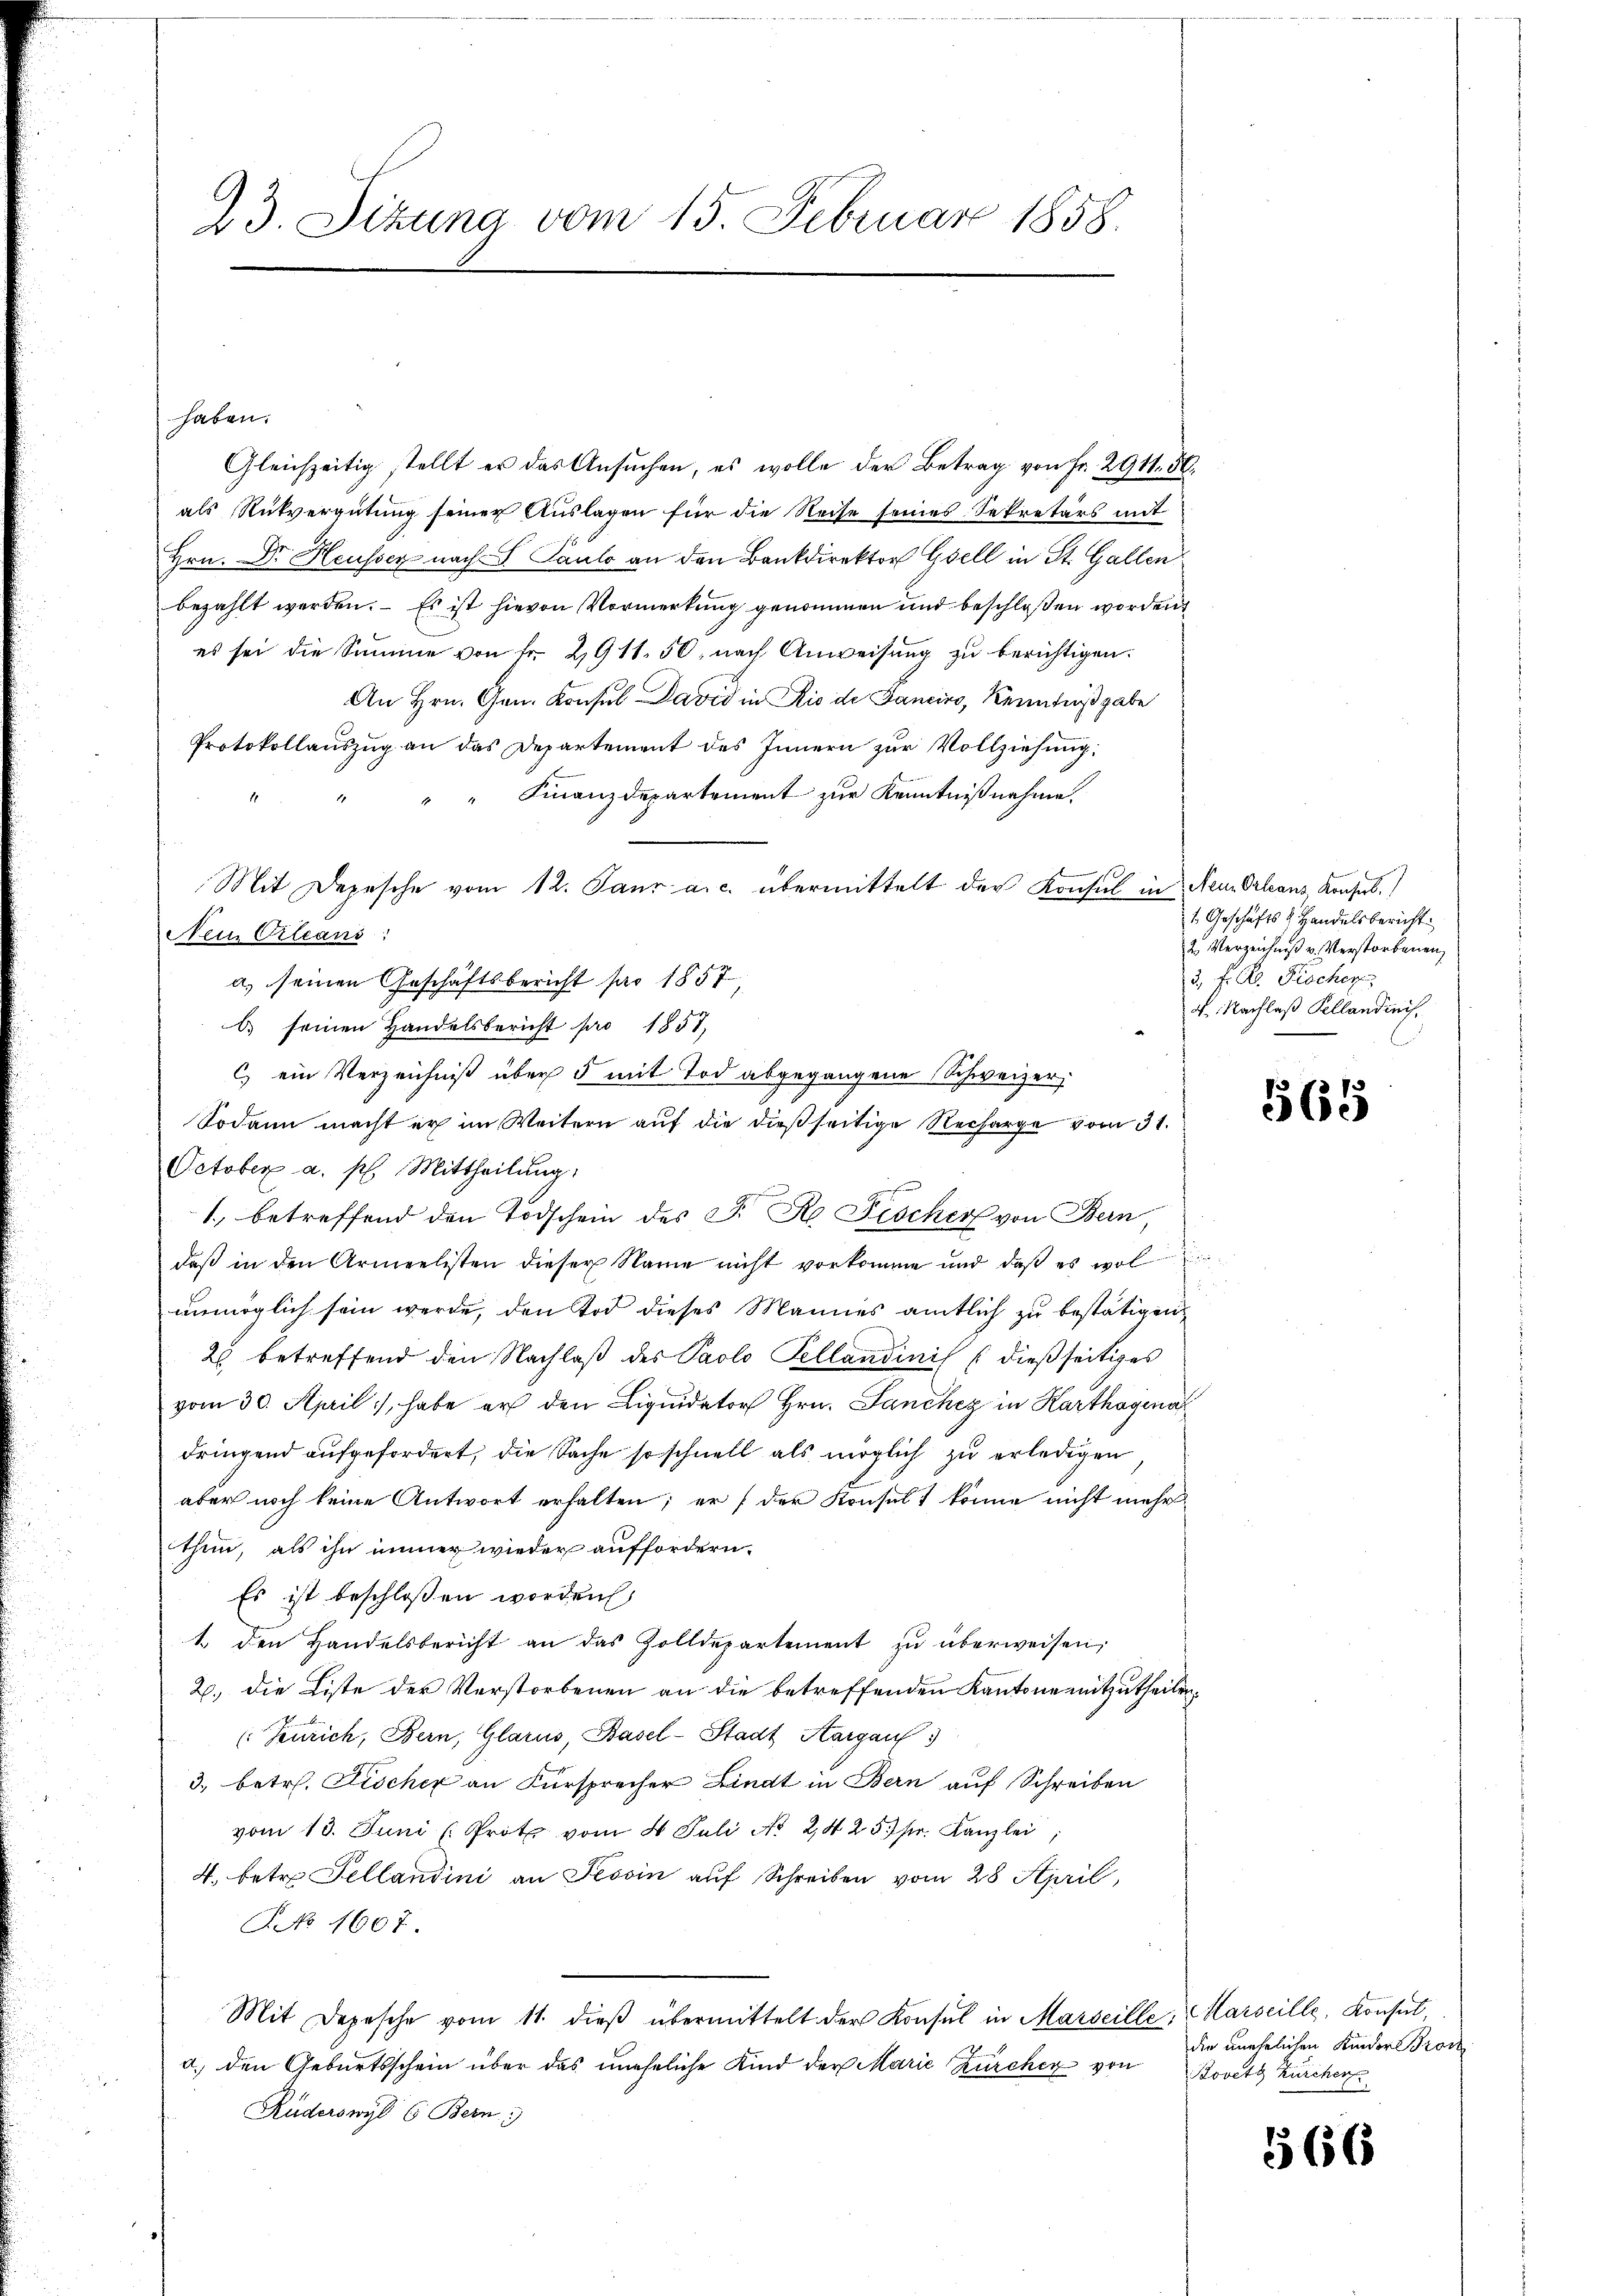
23. Sizung vom 15. Februar 1858.

Nein Orleans

haben.
Gleichzeitig stellt er das Ansuchen, es wolle der Betrag von Fr. 2911. 56.
als Rückvergütung seiner Auslagen für die Reise seines Sekretärs mit
Hrn. Dr. Heusser nach S. Paulo an den Bankdirektor Gsell in St. Gallen
bezahlt werden. – Es ist hievon Vormerkung genommen und beschloßen worden.
es sei die Summe von Fr. 2911. 50, nach Anweisung zu berichtigen.
An Hrn. Gen. Konsul David in Rio de Janeins, Kenntnißgabe
Protokollauszug an das Departement des Innern zur Vollziehung:
" " " Finanzdepartement zur Kenntnißnahme.
Mit Depesche vom 12. Janr a. c. übermittelt der Konsul in Neu Orleans, Konses.
a) seinen Geschäftsbericht pro 1857,
b) seinen Handelsbericht pro 1857,
C) ein Verzeichniß über 5 mit Tod abgegangene Schweizer,
Sodann macht er im Weitern auf die dießseitige Recharge vom 31.
October a. p. Mittheilung.
1., betreffend den Todschein des P. R. Fischer von Bern,
daβ in den Armeelisten dieser Name nicht vorkomme und daβ es wol
unmöglich sein werde, den Tod dieses Mannes amtlich zu bestätigen
2 betreffend den Nachlaß des Paolo Pellandinis dießseitiges
vom 30. April, habe er den Liquidator Hrn. Janchez in Karthogena
dringend aufgefordert, die Sache so schnell als möglich zu erledigen
aber noch keine Antwort erhalten; er f der Konsult könne nicht mehr
thun, als ihn immer wieder auffordern.
Es ist beschloßen worden
1. den Handelsbericht an das Zolldepartement zŭ überweisen;
2. die Liste der Verstorbenen an die betreffenden Kantone mitzutheilen.
(Zürich, Bern, Glarus, Basel-Stadt Aargau
3., betr. Fischer an Fürsprecher Lindt in Bern auf Schreiben
vom 13. Juni (Prot vom 4 Juli No 24253fr. Kanzlei,
4. betr. Tellandini an Tessin auf Schreiben vom 28 April,
No 1607.
Mit Depesche vom 11. dieß übermittelt der Konsul in Marseille, Marseille, Konsul
a. den Geburtsschein über das uneheliche Kind der Marie Zürcher von Bovet Zürcher
Ruderswyl 6 Bern)

1. Geschäfts Handelsbericht.
2. Verzeichniß v. Verstorbenen,
3. fr. R. Fischen
d. Nachlaß Pellandinis

565

die unehelichen Kinder Broc

566